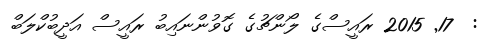
:  17